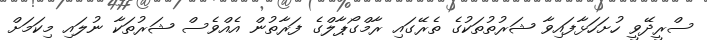
ސްރީދޭވީ ހުށަހަޅާފައިވާ ޝަރުތުތަކުގެ ތެރޭގައި ރާމްގޯޕާލްގެ ފަރާތުން އެއްވެސް ޝަރުތަކާ ނުލައި މިކަމަށް